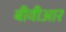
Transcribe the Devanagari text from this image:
बीवीआर